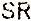
SR